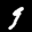
Label: 9